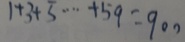
1 + 3 + 5 \cdots + 5 9 = 9 0 0